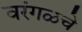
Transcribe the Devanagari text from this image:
वरंगळचे